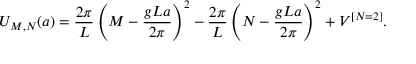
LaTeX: U _ { M , N } ( a ) = { \frac { 2 \pi } { L } } \left( M - { \frac { g L a } { 2 \pi } } \right) ^ { 2 } - { \frac { 2 \pi } { L } } \left( N - { \frac { g L a } { 2 \pi } } \right) ^ { 2 } + V ^ { [ N = 2 ] } .